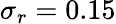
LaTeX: \sigma_{r}=0.15